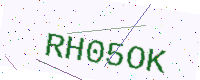
Text: RH05OK